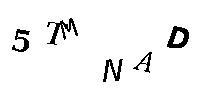
5TMNAD